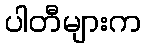
ပါတီများက